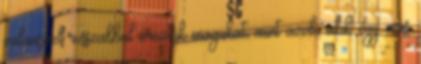
valamivel rosszabbul érezték magukat, mint azok, akik egy más